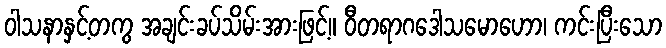
ဝါသနာနှင့်တကွ အချင်းခပ်သိမ်းအားဖြင့်။ ဝီတရာဂဒေါသမောဟော၊ ကင်းပြီးသော